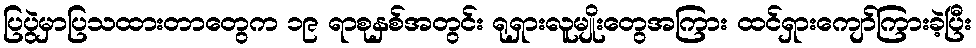
ပြပွဲမှာပြသထားတာတွေက ၁၉ ရာစုနှစ်အတွင်း ရုရှားလူမျိုးတွေအကြား ထင်ရှားကျော်ကြားခဲ့ပြီး